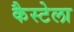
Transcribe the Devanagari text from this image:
कैस्टेला